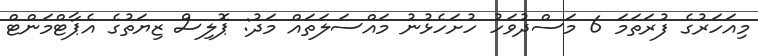
މިއަހަރުގެ ފުރަތަމަ 6 މަސްދުވަހު ހުށަހެޅުނު މައްސަލަތައް މަދު: ޕޮލިސް ޒިޔަތުގެ އެޕާޓްމަންޓް